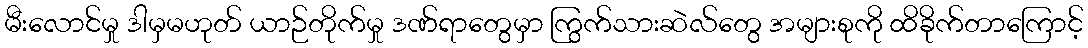
မီးလောင်မှု ဒါမှမဟုတ် ယာဉ်တိုက်မှု ဒဏ်ရာတွေမှာ ကြွက်သားဆဲလ်တွေ အများစုကို ထိခိုက်တာကြောင့်